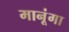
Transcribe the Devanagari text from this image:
मानूंगा